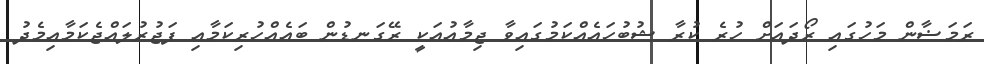
ރަމަޟާން މަހުގައި ރޯދައަށް ހުރެ ކުރާ ޝުބުހައެއްކަމުގައިވާ ޖިމާޢުއަކީ ރޭގަނޑުން ބައެއްހުރިކަމާއި ފަޖުރުލައްޖެކަމާއިމެދު